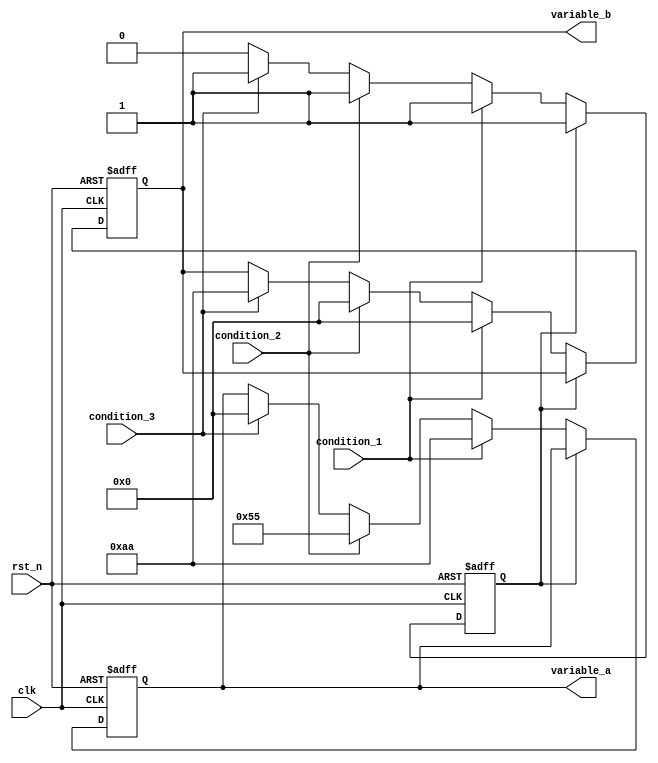
module conditional_initialization #(
    parameter INIT_VALUE_1 = 8'hAA, // Default value for condition 1
    parameter INIT_VALUE_2 = 8'h55, // Default value for condition 2
    parameter INIT_VALUE_DEFAULT = 8'h00 // Default reset value
)(
    input wire clk,                 // Clock signal
    input wire rst_n,               // Active low reset signal
    input wire condition_1,         // First condition for initialization
    input wire condition_2,         // Second condition for initialization
    input wire condition_3,         // Additional condition for initialization
    output reg [7:0] variable_a,    // Variable to be initialized conditionally
    output reg [7:0] variable_b     // Another variable to be initialized
);

// State variable to track initialization status
reg initialized;

// Sequential block for initialization
always @(posedge clk or negedge rst_n) begin
    if (!rst_n) begin
        // Active low reset: initialize to default values
        variable_a <= INIT_VALUE_DEFAULT;
        variable_b <= INIT_VALUE_DEFAULT;
        initialized <= 1'b0;
    end else if (!initialized) begin
        // Condition-based initialization
        if (condition_1) begin
            variable_a <= INIT_VALUE_1;
            variable_b <= INIT_VALUE_DEFAULT; // or any other logic based on condition_1
            initialized <= 1'b1; // Mark as initialized
        end else if (condition_2) begin
            variable_a <= INIT_VALUE_2;
            variable_b <= INIT_VALUE_DEFAULT; // or any other logic based on condition_2
            initialized <= 1'b1; // Mark as initialized
        end else if (condition_3) begin
            variable_a <= INIT_VALUE_DEFAULT; // or another specific value
            variable_b <= INIT_VALUE_1; // or any other logic based on condition_3
            initialized <= 1'b1; // Mark as initialized
        end
        // Additional conditions can be added here
    end
end

endmodule